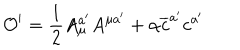
\mathcal { O } ^ { \prime } = \frac { 1 } { 2 } A _ { \mu } ^ { a ^ { \prime } } A ^ { \mu a ^ { \prime } } + \alpha \overline { { { c } } } ^ { a ^ { \prime } } c ^ { a ^ { \prime } }